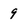
Character: 9